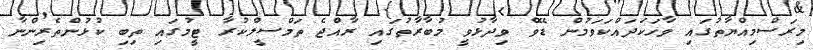
މިރަސްމިއްޔާތުގައި ވާހަކަދައްކަވަމުން ޑޭވް ވިދާޅުވީ މުބާރާތުގައި ރާއްޖެ ތަމްސީލްކުރާ ޓީމުގައި ތިބި ކުޅުންތެރިންނާ